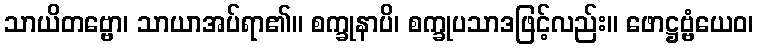
သာယိတဗ္ဗော၊ သာယာအပ်ရာ၏။ စက္ခုနာပိ၊ စက္ခုပသာဒဖြင့်လည်း။ ဖောဋ္ဌဗ္ဗံယေဝ၊